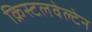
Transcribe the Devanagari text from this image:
क्रिस्टलवेल्टेन